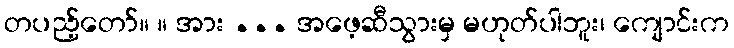
တပည့်တော်။ ။ အား ... အဖေ့ဆီသွားမှ မဟုတ်ပါဘူး၊ ကျောင်းက